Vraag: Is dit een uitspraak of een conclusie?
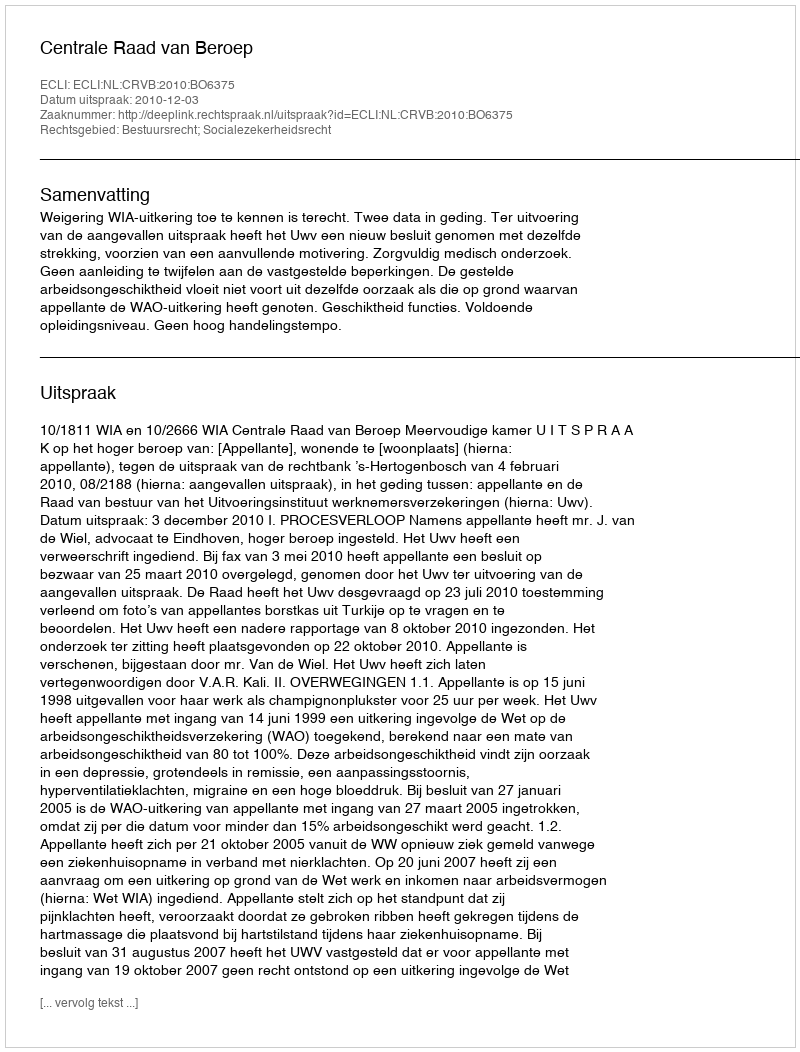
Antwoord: Uitspraak